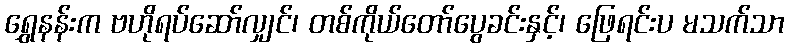
ရွှေနန်းက ဗဟိုရပ်ဆော်လျှင်၊ တစ်ကိုယ်တော်ပွေခင်းနှင့်၊ ဖြေရင်းပ မသက်သာ